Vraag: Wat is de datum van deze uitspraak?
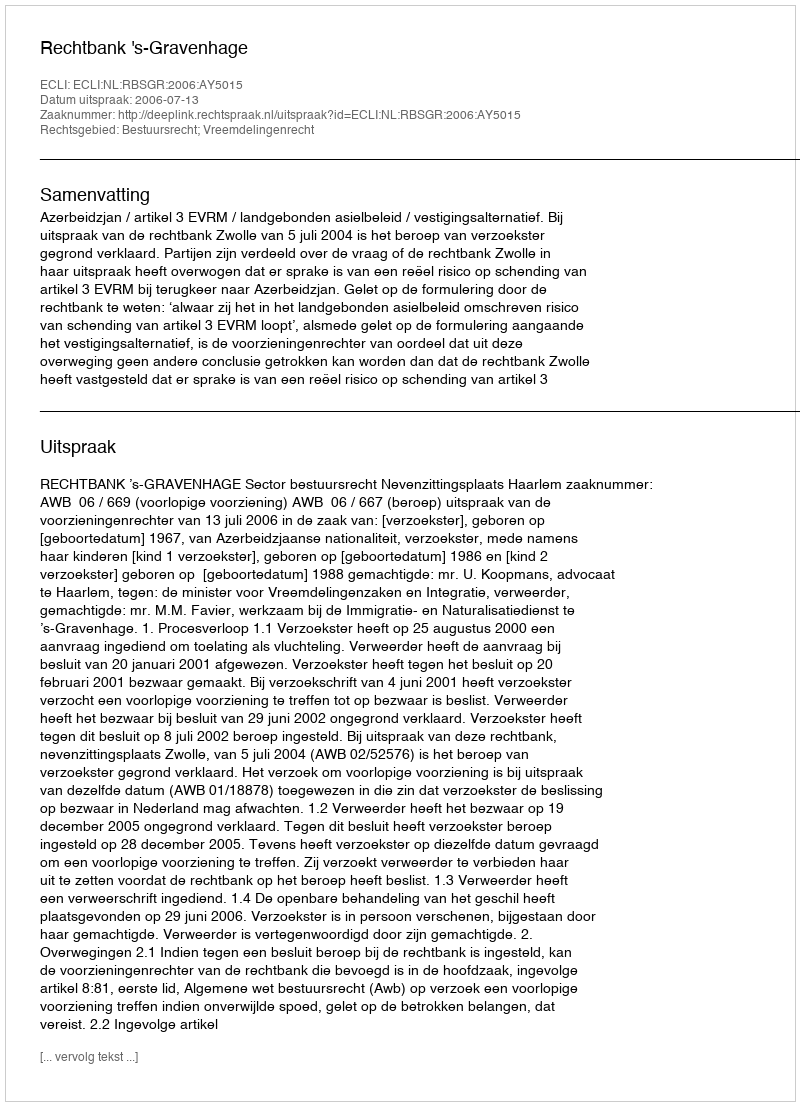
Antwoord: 2006-07-13